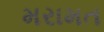
મરામત